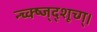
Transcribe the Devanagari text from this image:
न्च्क्ष्ज्द्शूच्ग्।